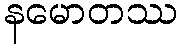
နမောတဿ